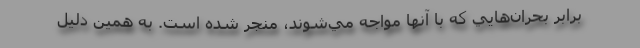
برابر بحران‌هايي كه با آنها مواجه مي‌شوند، منجر شده است. به همين دليل